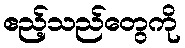
ဧည့်သည်တွေကို